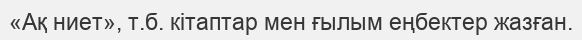
«Ақ ниет», т.б. кітаптар мен ғылым еңбектер жазған.